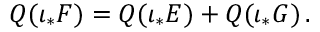
{ Q } ( \iota _ { * } { F } ) = { Q } ( \iota _ { * } { E } ) + { Q } ( \iota _ { * } { G } ) \, .